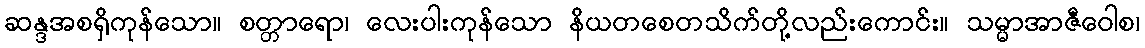
ဆန္ဒအစရှိကုန်သော။ စတ္တာရော၊ လေးပါးကုန်သော နိယတစေတသိက်တို့လည်းကောင်း။ သမ္မာအာဇီဝေါစ၊